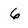
Character: 6